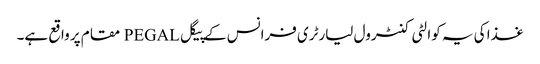
غذا کی یہ کوالٹی کنٹرول لیارٹری فرانس کے پیگل PEGAL مقام پر واقع ہے۔